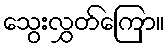
သွေးလွှတ်ကြော။